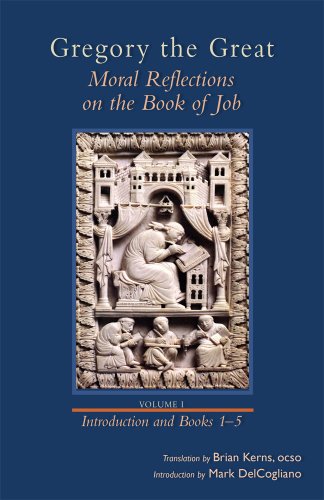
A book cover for Gregory the Great: Moral Reflections on the Book of Job, Volume 1 (Preface and Books 1-5) (Cistercian Studies); Christian Books & Bibles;